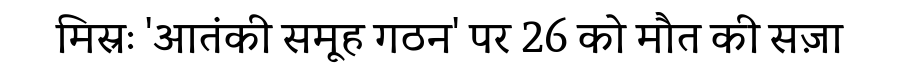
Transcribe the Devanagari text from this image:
मिस्रः 'आतंकी समूह गठन' पर 26 को मौत की सज़ा